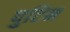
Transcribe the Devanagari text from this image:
पुटिन